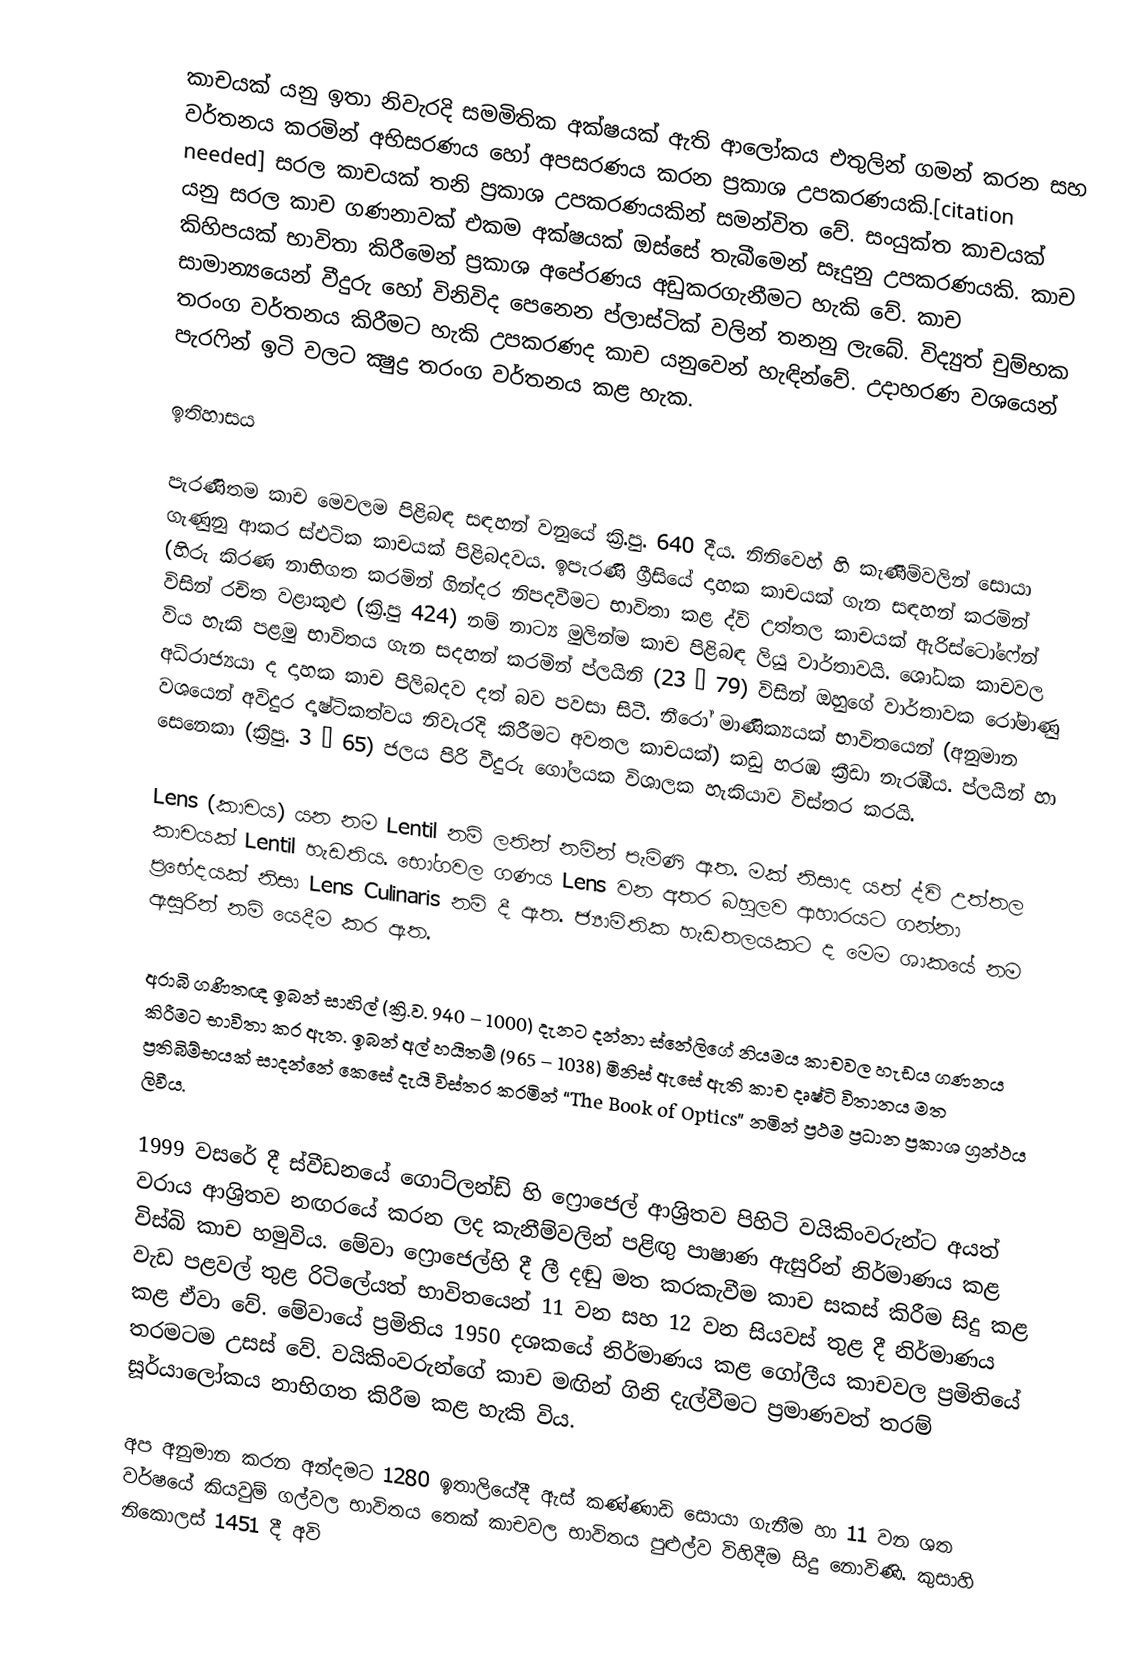
කාචයක් යනු ඉතා නිවැරදි සමමිතික අක්ෂයක් ඇති ආලෝකය එතුලින් ගමන් කරන සහ වර්තනය කරමින් අභිසරණය හෝ අපසරණය කරන ප්‍රකාශ උපකරණයකි.[citation needed] සරල කාචයක් තනි ප්‍රකාශ උපකරණයකින් සමන්විත වේ. සංයුක්ත කාචයක් යනු සරල කාච ගණනාවක් එකම අක්ෂයක් ඔස්සේ තැබීමෙන් සෑදුනු උපකරණයකි. කාච කිහිපයක් භාවිතා කිරීමෙන් ප්‍රකාශ අපේරණය අඩුකරගැනීමට හැකි වේ. කාච සාමාන්‍යයෙන් වීදුරු හෝ විනිවිද පෙනෙන ප්ලාස්ටික් වලින් තනනු ලැබේ. විද්‍යුත් චුම්භක තරංග වර්තනය කිරීමට හැකි උපකරණද කාච යනු‍වෙන් හැඳින්වේ. උදාහරණ වශයෙන් පැරෆින් ඉටි වලට ක්‍ෂුද්‍ර තරංග වර්තනය කළ හැක.

ඉතිහාසය

පැරණිතම කාච මෙවලම පිළිබඳ සඳහන් වනුයේ ක්‍රි.පු. 640 දීය. නිනිවෙහ් හි කැණීම්වලින් සොයා ගැණුනු ආකර ස්ඵටික කාචයක් පිළිබදවය. ඉපැරණි ග්‍රීසියේ දාහක කාචයක් ගැන සඳහන් කරමින් (හිරු කිරණ නාභිගත කරමින් ගින්දර නිපදවීමට භාවිතා කළ ද්වි උත්තල කාචයක් ඇරිස්ටෝෆේන් විසින් රචිත වළාකුළු (ක්‍රි.පු 424) නම් නාට්‍ය මුලින්ම කාච පිළිබඳ ලියූ වාර්තාවයි. ශෝධක කාචවල විය හැකි පළමු භාවිතය ගැන සදහන් කරමින් ප්ලයිනි (23 – 79) විසින් ඔහුගේ වාර්තාවක රෝමාණු අධිරාජ්‍යයා ද දාහක කාච පිලිබදව දත් බව පවසා සිටී. නීරෝ මාණික්‍යයක් භාවිතයෙන් (අනුමාන වශයෙන් අවිදුර දෘෂ්ටිකත්වය නිවැරදි කිරීමට අවතල කාචයක්) කඩු හරඹ ක්‍රීඩා නැරඹීය. ප්ලයින් හා සෙනෙකා (ක්‍රිපු. 3 – 65) ජලය පිරි වීදුරු ගෝලයක විශාලක හැකියාව විස්තර කරයි.

Lens (කාචය) යන නම Lentil නම් ලතින් නමින් පැමිණි ඇත. මක් නිසාද යත් ද්වි උත්තල කාචයක් Lentil හැඩතිය. භෝගවල ගණය Lens වන අතර බහුලව ආහාරයට ගන්නා ප්‍රභේදයක් නිසා Lens Culinaris නම් දී ඇත. ජ්‍යාමිතික හැඩතලයකට ද මෙම ශාකයේ නම ඇසුරින් නම් යෙදීම කර ඇත.

අරාබි ගණිතඥ ඉබන් සාහිල් (ක්‍රි.ව. 940 – 1000) දැනට දන්නා ස්නේලිගේ නියමය කාචවල හැඩය ගණනය කිරීම‍ට භාවිතා කර ඇත. ඉබන් අල් හයිතම් (965 – 1038) මිනිස් ඇසේ ඇති කාච දෘෂ්ටි විතානය මත ප්‍රතිබිම්භයක් සාදන්නේ කෙසේ දැයි විස්තර කරමින් “The Book of Optics” නමින් ප්‍රථම ප්‍රධාන ප්‍රකාශ ග්‍රන්ථය ලිවීය.

1999 වසරේ දී ස්වීඩනයේ ගොට්ලන්ඩ් හි ෆ්‍රොජෙල් ආශ්‍රිතව පිහිටි වයිකිංවරුන්ට අයත් වරාය ආශ්‍රිතව නඟරයේ කරන ලද කැනීම්වලින් පළිඟු පාෂාණ ඇසුරින් නිර්මාණය කළ විස්බි කාච හමුවිය. මේවා ෆ්‍රොජෙල්හි දී ලී දඬු මත කරකැවීම කාච සකස් කිරීම සිදු කළ වැඩ පළවල් තුළ රිටිලේයත් භාවිතයෙන් 11 වන සහ 12 වන සියවස් තුළ දී නිර්මාණය කළ ඒවා වේ. මේවායේ ප්‍රමිතිය 1950 දශකයේ නිර්මාණය කළ ගෝලීය කාචවල ප්‍රමිතියේ තරමටම උසස් වේ. වයිකිංවරුන්ගේ කාච මඟින් ගිනි දැල්වීමට ප්‍රමාණවත් තරම් සූර්යාලෝකය නාභිගත කිරීම කළ හැකි විය.

අප අනුමාන කරන අන්දමට 1280 ඉතාලියේදී ඇස් කණ්ණාඩි සොයා ගැනීම හා 11 වන ශත වර්ෂයේ කියවුම් ගල්වල භාවිතය තෙක් කාචවල භාවිතය පුළුල්ව විහිදීම සිදු නොවිණි. කුසාහි නිකොලස් 1451 දී අවි